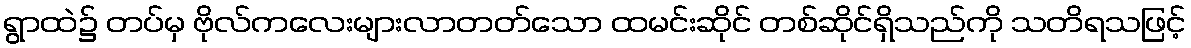
ရွာထဲ၌ တပ်မှ ဗိုလ်ကလေးများလာတတ်သော ထမင်းဆိုင် တစ်ဆိုင်ရှိသည်ကို သတိရသဖြင့်